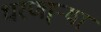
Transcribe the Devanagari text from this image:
धरणा्र्‍या